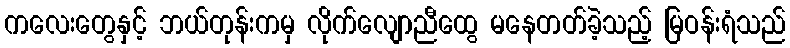
ကလေးတွေနှင့် ဘယ်တုန်းကမှ လိုက်လျောညီထွေ မနေတတ်ခဲ့သည့် မြဝန်းရံသည်